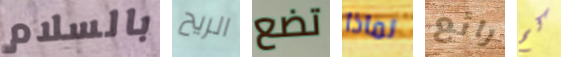
بالسلام الريح تضع لماذا رائع كم